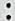
: